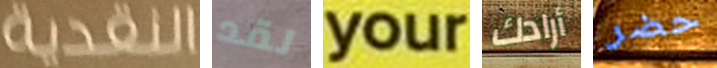
النقدية لقد your أرادك حضر